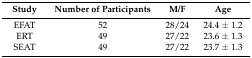
| Study | Number of Participants | M/F | Age |
 | --- | --- | --- | --- |
 | EFAT | 52 | 28/24 | 24.4 ± 1.2 |
 | ERT | 49 | 27/22 | 23.6 ± 1.3 |
 | SEAT | 49 | 27/22 | 23.7 ± 1.3 |